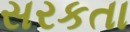
સરકતા